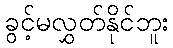
ခွင့်မလွှတ်နိုင်ဘူး